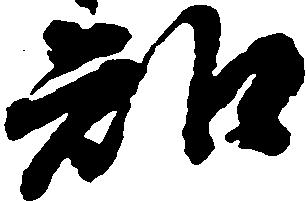
知